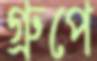
গ্রুপে